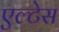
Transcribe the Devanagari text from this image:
एल्टेस